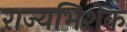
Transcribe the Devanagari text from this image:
राज्यभिशेक